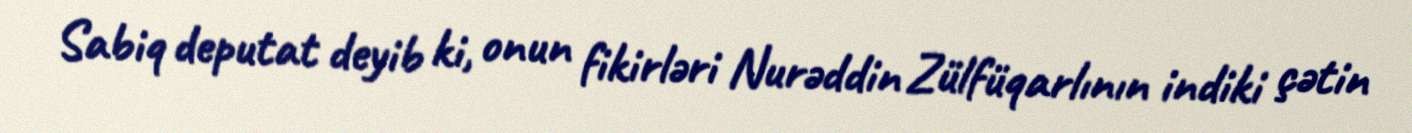
Sabiq deputat deyib ki, onun fikirləri Nurəddin Zülfüqarlının indiki çətin